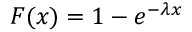
F ( x ) = 1 - e ^ { - \lambda x }